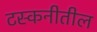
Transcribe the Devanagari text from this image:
टस्कनीतील